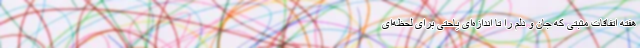
هفته اتفاقات مثبتی که جان و دلم را تا اندازه‌ای یاحتی برای لحظه‌ای